Indian Medical Review
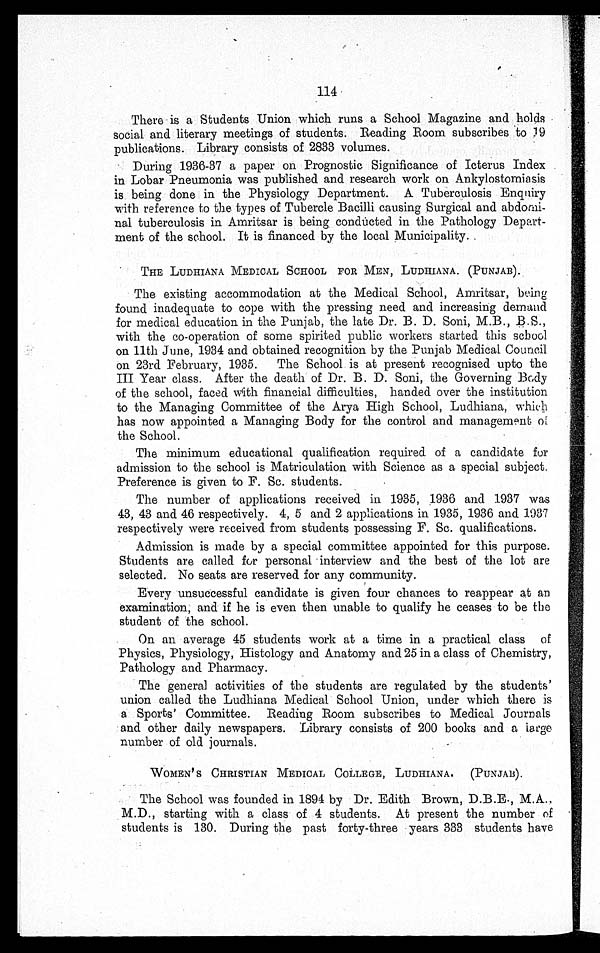
114
There is a Students Union which runs a School Magazine and holds
social and literary meetings of students. Reading Room subscribes to19
publications. Library consists of 2833 volumes.
During 1936-37 a paper on Prognostic Significance of Icterus Index
in Lobar Pneumonia was published and research work on Ankylostorniasis
is being done in the Physiology Department. A Tuberculosis Enquiry
with reference to the types of Tubercle Bacilli causing Surgical and abdomi-
nal tuberculosis in Amritsar is being conducted in the Pathology Depart-
ment of the school. It is financed by the local Municipality.
THE LUDHIANA MEDICAL SCHOOL FOR MEN, LUDHIANA. (PUNJAB).
The existing accommodation at the Medical School, Amritsar, being
found inadequate to cope with the pressing need and increasing demand
for medical education in the Punjab, the late Dr. B. D. Soni, M.B., B.S.,
with the co-operation of some spirited public workers started this school
on 11th June, 1934 and obtained recognition by the Punjab Medical Council
on 23rd February, 1935. The School is at present recognised upto the
III Year class. After the death of Dr. B. D. Soni, the Governing Body
of the school, faced with financial difficulties, handed over the institution
to the Managing Committee of the Arya High School, Ludhiana, which
has now appointed a Managing Body for the control and management of
the School.
The minimum educational qualification required of a candidate for
admission to the school is Matriculation with Science as a special subject.
Preference is given to F. Sc. students.
The number of applications received in 1935, 1936 and 1937 was
43, 43 and 46 respectively. 4, 5 and 2 applications in 1935, 1936 and 1937
respectively were received from students possessing F. Sc. qualifications.
Admission is made by a special committee appointed for this purpose.
Students are called for personal interview and the best of the lot are
selected. No seats are reserved for any community.
Every unsuccessful candidate is given four chances to reappear at an
examination, and if he is even then unable to qualify he ceases to be the
student of the school.
On an average 45 students work at a time in a practical class of
Physics, Physiology, Histology and Anatomy and 25 in a class of Chemistry,
Pathology and Pharmacy.
The general activities of the students are regulated by the students'
union called the Ludhiana Medical School Union, under which there is
a Sports' Committee. Reading Room subscribes to Medical Journals
and other daily newspapers. Library consists of 200 books and a large
number of old journals.
WOMEN ' S CHRISTIAN MEDICAL COLLEGE, LUDHIANA. (PUNJAB).
The School was founded in 1894 by Dr. Edith Brown, D.B.E., M.A.,
M.D., starting with a class of 4 students. At present the number of
students is 130. During the past forty-three years 333 students have